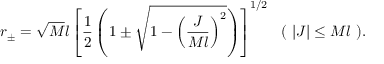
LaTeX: r _ { \pm } = \sqrt { M } l \left[ \frac { 1 } { 2 } \left( 1 \pm \sqrt { 1 - \left( \frac { J } { M l } \right) ^ { 2 } } \right) \right] ^ { 1 / 2 } ~ ~ ( ~ | J | \leq M l ~ ) .